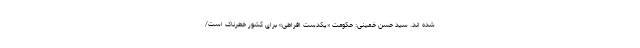
شده اند. سید حسن خمینی: حکومت «یکدست افراطی» برای کشور خطرناک است/